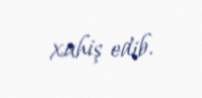
xahiş edib.